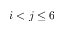
i < j \le 6